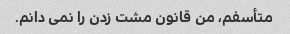
متأسفم، من قانون مشت زدن را نمی دانم.